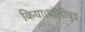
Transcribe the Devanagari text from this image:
किया।बॉलीवुड